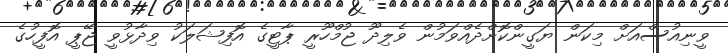
ވީނިއުސްއަށް މިކަން ޔަގީންކޮށްދެއްވަމުން ވެލިދޫ ޖުމްހޫރީ ޕާޓީގެ އޮފިޝަލަކު ވިދާޅުވީ ޖޭޕީ އޮފީހުގެ